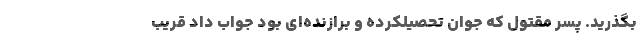
بگذرید. پسر مقتول که جوان تحصیلکرده و برازنده‌ای بود جواب داد قریب